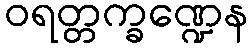
ဝရတ္တက္ခဏ္ဍေန